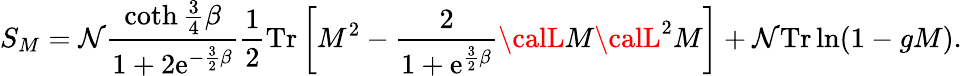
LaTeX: S_{M}=\mathcal{N}\frac{{\coth\frac{{3}}{{4}}\beta}}{{1+2\mathrm{{e}}^{-\frac{{3}}{{2}}\beta}}}\frac{{1}}{{2}}\mathrm{{Tr}}\left[M^{2}-\frac{{2}}{{1+\mathrm{{e}}^{\frac{{3}}{{2}}\beta}}}{\calL}M{\calL}^{2}M\right]+\mathcal{N}\mathrm{{Tr}}\ln(1-gM).